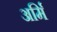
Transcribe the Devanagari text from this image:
अर्मि